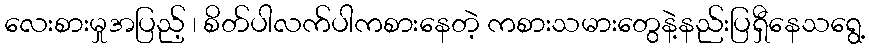
လေးစားမှုအပြည့် ၊ စိတ်ပါလက်ပါကစားနေတဲ့ ကစားသမားတွေနဲ့နည်းပြရှီနေသရွေ့